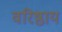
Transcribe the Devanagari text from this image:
वरिष्ठाय